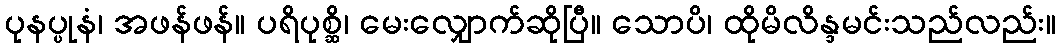
ပုနပ္ပုနံ၊ အဖန်ဖန်။ ပရိပုစ္ဆိ၊ မေးလျှောက်ဆိုပြီ။ သောပိ၊ ထိုမိလိန္ဒမင်းသည်လည်း။